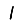
Digit: 1